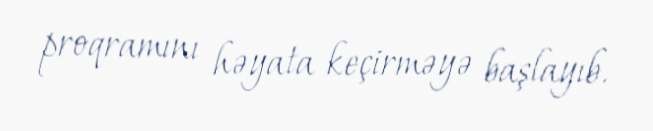
proqramını həyata keçirməyə başlayıb.